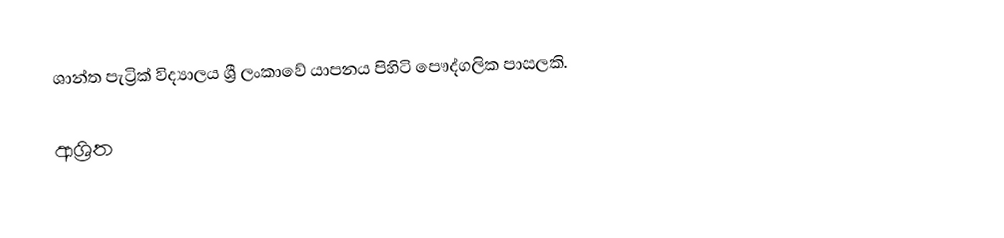
ශාන්ත පැට්‍රික් විද්‍යාලය ශ්‍රී ලංකාවේ යාපනය පිහිටි පෞද්ගලික පාසලකි.

ආශ්‍රිත